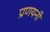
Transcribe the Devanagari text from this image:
प्रणयनी